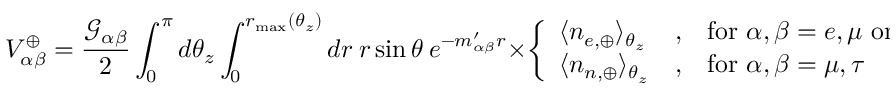
V _ { \alpha \beta } ^ { \oplus } = \frac { \mathcal { G } _ { \alpha \beta } } { 2 } \int _ { 0 } ^ { \pi } d \theta _ { z } \int _ { 0 } ^ { r _ { \operatorname* { m a x } } ( \theta _ { z } ) } d r ~ r \sin \theta ~ e ^ { - m _ { \alpha \beta } ^ { \prime } r } \times \left\{ \begin{array} { l l l } { \langle n _ { e , \oplus } \rangle _ { \theta _ { z } } } & { , } & { \mathrm { f o r } ~ \alpha , \beta = e , \mu ~ \mathrm { o r } ~ e , \tau } \\ { \langle n _ { n , \oplus } \rangle _ { \theta _ { z } } } & { , } & { \mathrm { f o r } ~ \alpha , \beta = \mu , \tau } \end{array} \right. \; ,